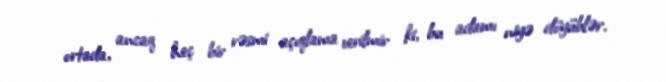
ortada, ancaq heç bir rəsmi açıqlama verilmir ki, bu adamı niyə döyüblər.